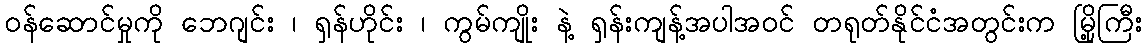
ဝန်ဆောင်မှုကို ဘေဂျင်း ၊ ရှန်ဟိုင်း ၊ ကွမ်ကျိုး နဲ့ ရှန်းကျန့်အပါအဝင် တရုတ်နိုင်ငံအတွင်းက မြို့ကြီး